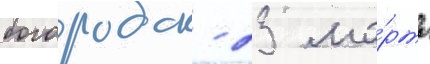
богородск - 23 ма́рта